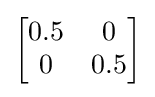
{\begin{bmatrix}0.5&0\\0&0.5\end{bmatrix}}